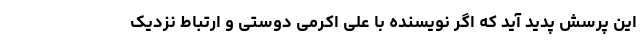
این پرسش پدید آید که اگر نویسنده با علی اکرمی دوستی و ارتباط نزدیک